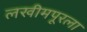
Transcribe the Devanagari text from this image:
लखीमपूरला